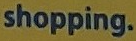
shopping